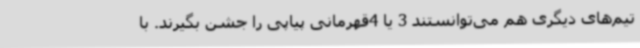
تیم‌های دیگری هم می‌توانستند 3 یا 4قهرمانی پیاپی را جشن بگیرند. با